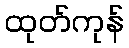
ထုတ်ကုန်